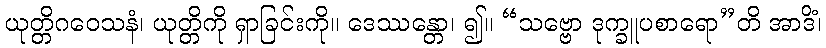
ယုတ္တိဂဝေသနံ၊ ယုတ္တိကို ရှာခြင်းကို။ ဒေဿန္တော၊ ၍။ “သဗ္ဗော ဒုက္ခူပစာရော”တိ အာဒိံ၊